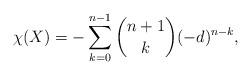
LaTeX: \begin{align*}\chi(X)=-\sum_{k=0}^{n-1}\binom{n+1}{k}(-d)^{n-k},\end{align*}